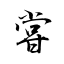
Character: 甞